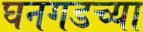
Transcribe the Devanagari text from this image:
घनगडच्या